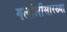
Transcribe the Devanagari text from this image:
गलोलीसारख्या